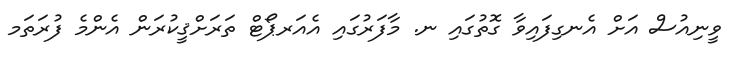
ވީނިއުސް އަށް އެނގިފައިވާ ގޮތުގައި ނ. މާފަރުގައި އެއަރޕޯޓް ތަރަށްޤީކުރަން އެންމެ ފުރަތަމ